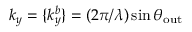
k _ { y } = \{ k _ { y } ^ { b } \} = ( 2 \pi / \lambda ) \sin { \theta _ { \mathrm { o u t } } }